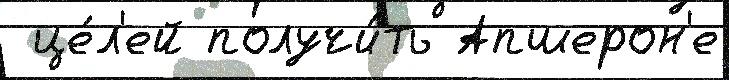
 це́л'ей получи́ть Апшерон'е